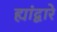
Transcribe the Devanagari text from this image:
ह्यांद्वारे